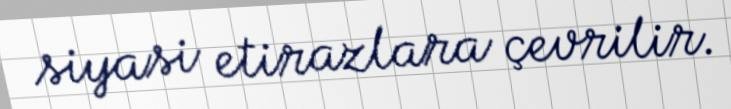
siyasi etirazlara çevrilir.